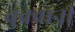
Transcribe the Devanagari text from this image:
चुक्वानी